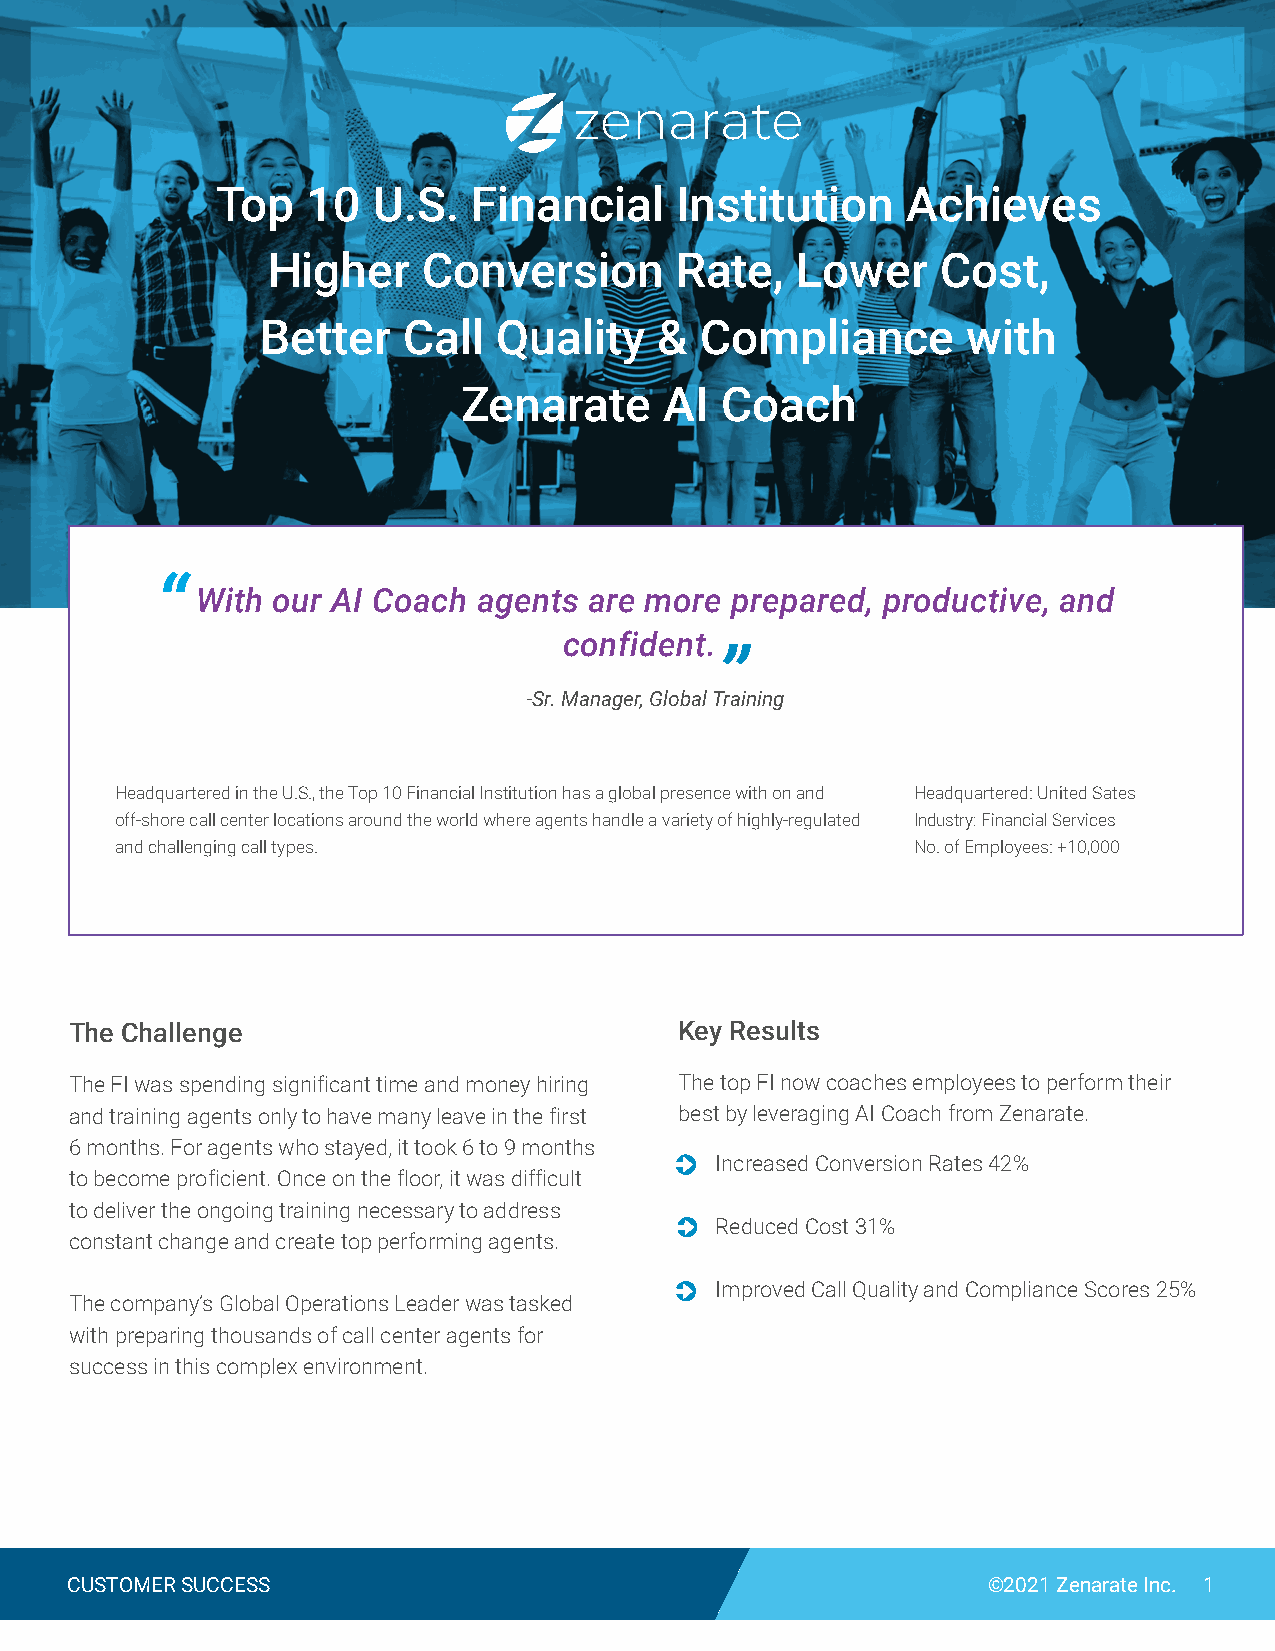
zenarate
 Top   10   U.S.  Financial     Institution    Achieves
 Higher    Conversion       Rate,   Lower    Cost,
 Better    Call  Quality    & Compliance        with
 Zenarate      AI  Coach
 “
 With our AI Coach  agents are more prepared,  productive, and
 confident.
 ”
 -Sr. Manager, Global Training
 Headquartered in the U.S., the Top 10 Financial Institution has a global presence with on and Headquartered: United Sates
 off-shore call center locations around the world where agents handle a variety of highly-regulated Industry: Financial Services
 and challenging call types.                         No. of Employees: +10,000
 The Challenge                           Key Results
 The FI was spending significant time and money hiring The top FI now coaches employees to perform their
 and training agents only to have many leave in the first best by leveraging AI Coach from Zenarate.
 6 months. For agents who stayed, it took 6 to 9 months
 Increased Conversion Rates 42%
 to become proficient. Once on the floor, it was difficult
 to deliver the ongoing training necessary to address
 Reduced Cost 31%
 constant change and create top performing agents.
 Improved Call Quality and Compliance Scores 25%
 The company’s Global Operations Leader was tasked
 with preparing thousands of call center agents for
 success in this complex environment.
 CUSTOMER SUCCESS                                             ©2021 Zenarate Inc. 1